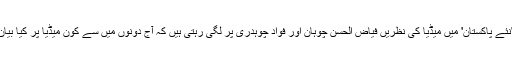
ہاں لیکن 'نئے پاکستان' میں میڈیا کی نظریں فیاض الحسن چوہان اور فواد چوہدری پر لگی رہتی ہیں کہ آج دونوں میں سے کون میڈیا پر کیا بیان دیتا ہے۔